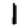
Digit: 1